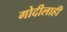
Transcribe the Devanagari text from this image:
गोदीलाही